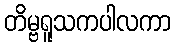
တိမ္ဗရူသကပါလကာ